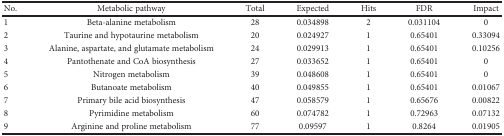
<table><thead><tr><td><b>No.</b></td><td><b>Metabolic pathway</b></td><td><b>Total</b></td><td><b>Expected</b></td><td><b>Hits</b></td><td><b>FDR</b></td><td><b>Impact</b></td></tr></thead><tbody><tr><td>1</td><td>Beta-alanine metabolism</td><td>28</td><td>0.034898</td><td>2</td><td>0.031104</td><td>0</td></tr><tr><td>2</td><td>Taurine and hypotaurine metabolism</td><td>20</td><td>0.024927</td><td>1</td><td>0.65401</td><td>0.33094</td></tr><tr><td>3</td><td>Alanine, aspartate, and glutamate metabolism</td><td>24</td><td>0.029913</td><td>1</td><td>0.65401</td><td>0.10256</td></tr><tr><td>4</td><td>Pantothenate and CoA biosynthesis</td><td>27</td><td>0.033652</td><td>1</td><td>0.65401</td><td>0</td></tr><tr><td>5</td><td>Nitrogen metabolism</td><td>39</td><td>0.048608</td><td>1</td><td>0.65401</td><td>0</td></tr><tr><td>6</td><td>Butanoate metabolism</td><td>40</td><td>0.049855</td><td>1</td><td>0.65401</td><td>0.01067</td></tr><tr><td>7</td><td>Primary bile acid biosynthesis</td><td>47</td><td>0.058579</td><td>1</td><td>0.65676</td><td>0.00822</td></tr><tr><td>8</td><td>Pyrimidine metabolism</td><td>60</td><td>0.074782</td><td>1</td><td>0.72963</td><td>0.07132</td></tr><tr><td>9</td><td>Arginine and proline metabolism</td><td>77</td><td>0.09597</td><td>1</td><td>0.8264</td><td>0.01905</td></tr></tbody></table>